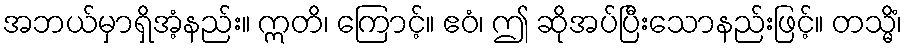
အဘယ်မှာရှိအံ့နည်း။ ဣတိ၊ ကြောင့်။ ဧဝံ၊ ဤ ဆိုအပ်ပြီးသောနည်းဖြင့်။ တသ္မိံ၊